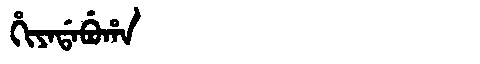
Manchu: ᡥᡳᠶᠠᡩᠠᠪᡠᡥᠠ
Romanization: HIYADABUHA